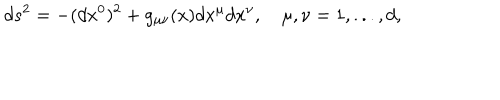
LaTeX: d s ^ { 2 } = - ( d x ^ { 0 } ) ^ { 2 } + g _ { \mu \nu } ( x ) d x ^ { \mu } d x ^ { \nu } , \quad \mu , \nu = 1 , . . . , d ,